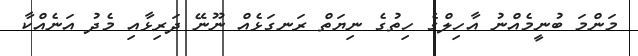
މަންމަ ބުނީމެއްނު އާހިލްގެ ހިތުގެ ނިޔަތް ރަނގަޅެއް ނޫނޭ ދަރިޅާއި މެދު އަނެއްކާ